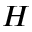
H